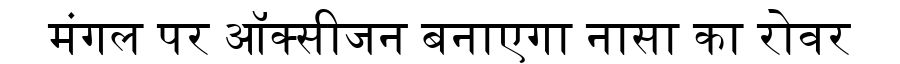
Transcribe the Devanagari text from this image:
मंगल पर ऑक्सीजन बनाएगा नासा का रोवर